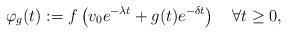
LaTeX: \begin{align*}\varphi_{g}(t):=f\left(v_{0}e^{-\lambda t}+g(t)e^{-\delta t}\right)\quad\forall t\geq 0,\end{align*}